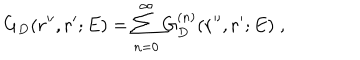
G _ { D } ( { \bf r ^ { \prime \prime } } , { \bf r ^ { \prime } } ; E ) = \sum _ { n = 0 } ^ { \infty } G _ { D } ^ { ( n ) } ( { \bf r ^ { \prime \prime } } , { \bf r ^ { \prime } } ; E ) \; ,